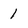
Character: 1